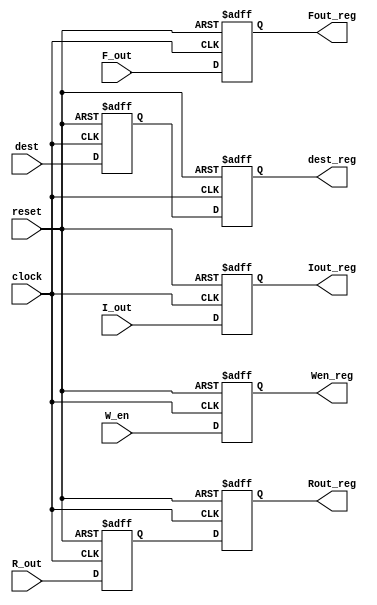
`timescale 1ns / 1ps

module MR_Ex (clock, reset, I_out, F_out, W_en, R_out, dest, Iout_reg, Fout_reg, Wen_reg, Rout_reg, dest_reg);
	
	parameter N = 8;							// Data Width
	parameter M_AW = 10;						// Address Width -> Image memory
	parameter F_AW = 3;						// Address Width -> Filter memory
	parameter FIL = 3;
	parameter IMG = 28;
	parameter IOUT = 10*N;
	parameter FOUT = 9*N;
	
	input clock, reset;
	input [IOUT-1:0] I_out;
	input [FOUT-1:0] F_out;
	input [1:0] R_out;
	input W_en;
	input [9:0] dest;
	
	output reg [IOUT-1:0] Iout_reg;
	output reg [FOUT-1:0] Fout_reg;
	output reg [1:0] Rout_reg; 
	output reg Wen_reg;
	output reg [9:0] dest_reg;
	reg [1:0] Rout_reg1;
	reg [9:0] dest_reg1;
	
	always @ (posedge clock or negedge reset)
	begin
		if (!reset)
		begin
			Iout_reg <= 0;
			Fout_reg <= 0;
			Rout_reg <= 0;
			Rout_reg1 <= 0;
			Wen_reg <= 0;
			dest_reg <= 0;
			dest_reg1 <= 0;
		end
		else
		begin
			Iout_reg <= I_out;
			Fout_reg <= F_out;
			Rout_reg1 <= R_out;
			Rout_reg <= Rout_reg1;
			Wen_reg <= W_en;
			dest_reg <= dest_reg1;
			dest_reg1 <= dest;
		end
	end
	
endmodule